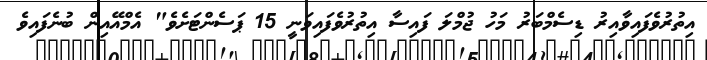
އިތުރުވެފައިވާއިރު ޑިސެމްބަރު މަހު ޖުމްލަ ފައިސާ އިތުރުވެފައިވަނީ 15 ޕަސެންޓަށެވެ" އެމްއޭއިން ބުނެފައިވެ